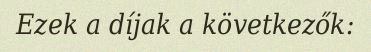
Ezek a díjak a következők: